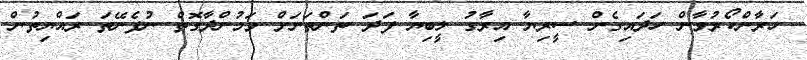
ހަރާންކޯރުވާން ހަދައިގެން ސީރިޔާ އިރާގު ލީބިޔާ ފަދަ ތަންތަނަށް ވަމުންދާގޮތް ނުފެނޭތަ ރައްޔިތުން